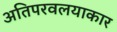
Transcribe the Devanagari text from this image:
अतिपरवलयाकार